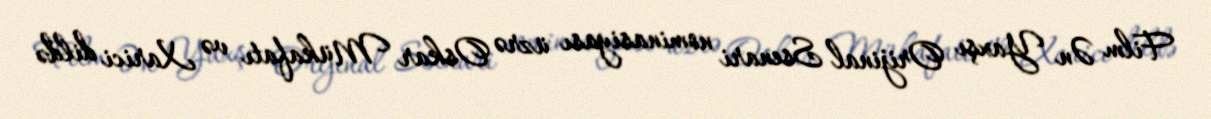
Film Ən Yaxşı Orijinal Ssenari nominasiyası üzrə Oskar Mükafatı və Xarici dildə